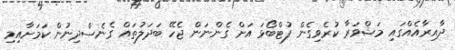
ދާއިރާއެއްގައި މަޝްވަރާ ކުރެވިގެން ފުޓްބޯޅަ އަށް ގެންނަން ޖެހޭ ބަދަލުތައް ގެެނެސްދިނުން ކަމަށާއިމި